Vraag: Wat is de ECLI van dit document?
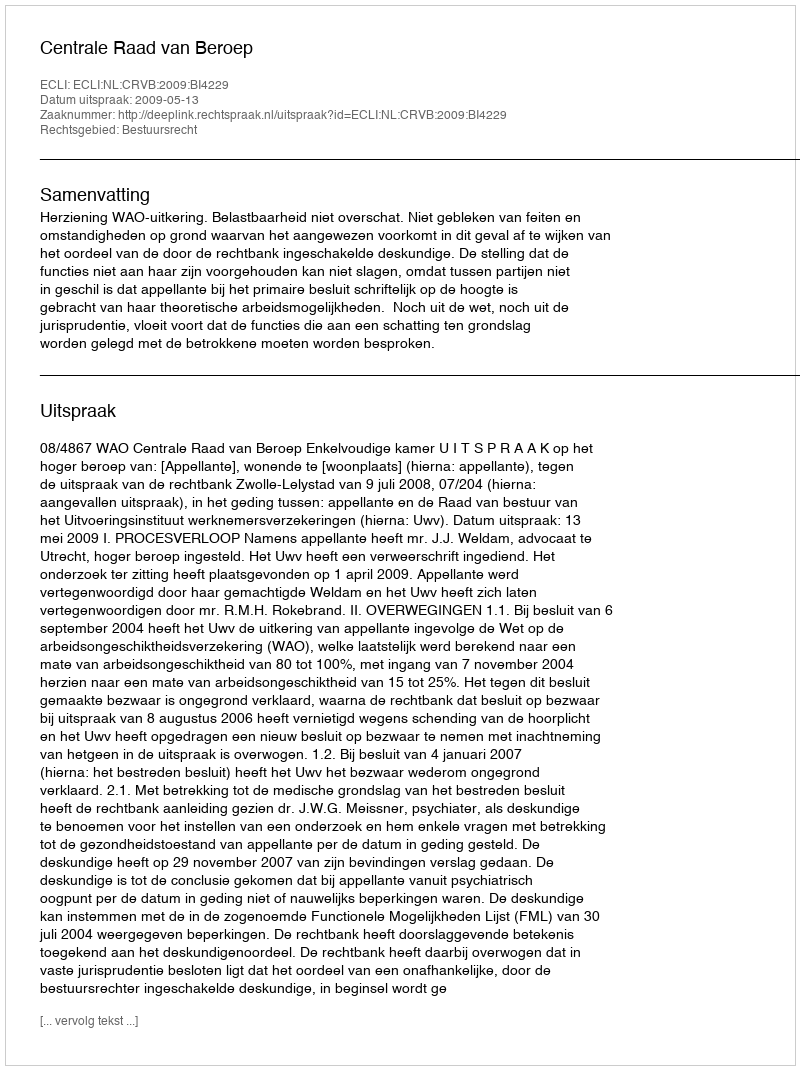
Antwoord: ECLI:NL:CRVB:2009:BI4229